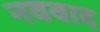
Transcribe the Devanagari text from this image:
नववाद